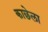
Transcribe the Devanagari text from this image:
काछेला